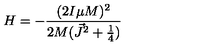
H = - \frac { ( 2 I \mu M ) ^ { 2 } } { 2 M ( \vec { J } ^ { 2 } + \frac { 1 } { 4 } ) }